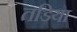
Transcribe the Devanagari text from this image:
तडिया